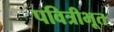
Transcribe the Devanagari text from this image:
पवित्रीभूत